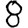
Digit: 8